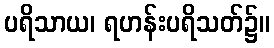
ပရိသာယ၊ ရဟန်းပရိသတ်၌။